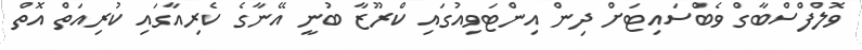
ވޮލްފްސްބާގް ވެބްސައިޓަށް ދިން އިންޓަވިއުގައި ކްރޫޒާ ބުނީ އޭނާގެ ކެރިއާގައި ކުރިއަތް އޮތް